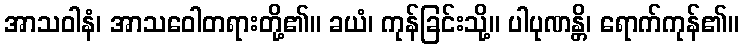
အာသဝါနံ၊ အာသဝေါတရားတို့၏။ ခယံ၊ ကုန်ခြင်းသို့။ ပါပုဏန္တိ၊ ရောက်ကုန်၏။